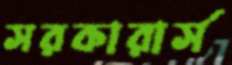
সরকারার্স